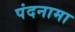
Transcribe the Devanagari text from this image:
पंदनामा